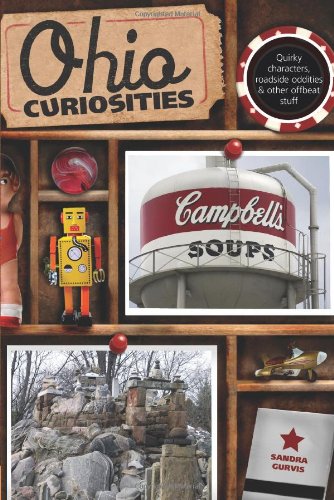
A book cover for Ohio Curiosities: Quirky Characters, Roadside Oddities & Other Offbeat Stuff, 2nd Edition; Sandra Gurvis; Humor & Entertainment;